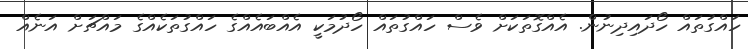
ހައްގުތައް ހޯދައިދިނުން. އެއްގޮތަކަށް ވެސް ހައްގުތައް ހޯދުމަކީ އެއްބައެއްގެ ހައްގުތަކެއްގެ މައްޗަށް އަނެއް